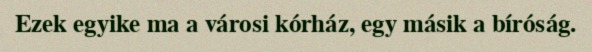
Ezek egyike ma a városi kórház, egy másik a bíróság.